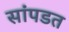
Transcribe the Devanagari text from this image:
सांपडत